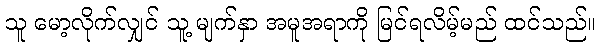
သူ မော့လိုက်လျှင် သူ့ မျက်နှာ အမူအရာကို မြင်ရလိမ့်မည် ထင်သည်။